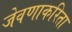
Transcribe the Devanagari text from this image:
जेवणाकरिता